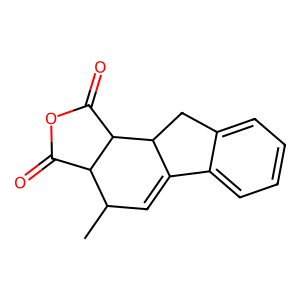
SMILES: CC1C=C2c3ccccc3CC2C2C(=O)OC(=O)C12
Inhibits HIV replication: No